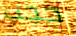
حجب